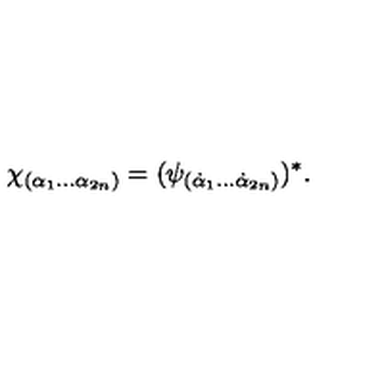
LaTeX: \chi _ { ( \alpha _ { 1 } \ldots \alpha _ { 2 n } ) } = ( \psi _ { ( \dot { \alpha } _ { 1 } \ldots \dot { \alpha } _ { 2 n } ) } ) ^ { * } .